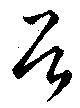
首